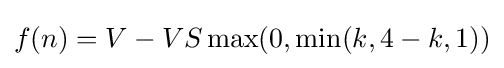
f(n)=V-VS\max(0,\min(k,4-k,1))